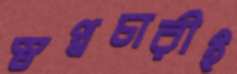
স্বপ্নচারীই